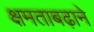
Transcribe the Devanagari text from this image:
क्षमताबढ़ाने